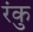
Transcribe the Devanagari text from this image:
रंकु